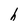
Character: h